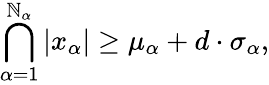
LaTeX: \bigcap_{\alpha=1}^{\mathbb{N}_{\alpha}}|x_{\alpha}|\geq\mu_{\alpha}+d\cdot\sigma_{\alpha},